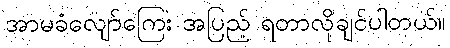
အာမခံလျော်ကြေး အပြည့် ရတာလိုချင်ပါတယ်။